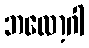
ဘလော့ဂါ